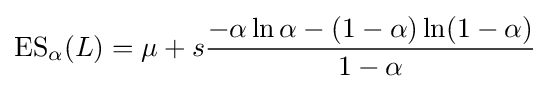
\operatorname {ES} _{\alpha }(L)=\mu +s{\frac {-\alpha \ln \alpha -(1-\alpha )\ln(1-\alpha )}{1-\alpha }}